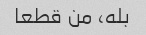
بله، من قطعا